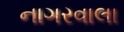
નાગરવાલા